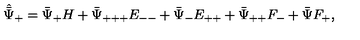
\hat { \bar { \Psi } } _ { + } = \bar { \Psi } _ { + } H + \bar { \Psi } _ { + + + } E _ { -- } + \bar { \Psi } _ { - } E _ { + + } + \bar { \Psi } _ { + + } F _ { - } + \bar { \Psi } F _ { + } ,